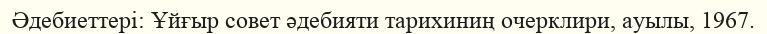
Әдебиеттері: Ұйғыр совет әдебияти тарихиниң очерклири, ауылы, 1967.